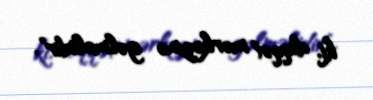
ki, diqqət mərkəzinə gəlməlidir".